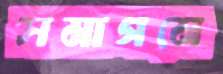
সমাগমে